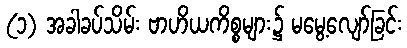
(၁) အခါခပ်သိမ်း ဗာဟိယကိစ္စများ၌ မမွေ့လျော်ခြင်း